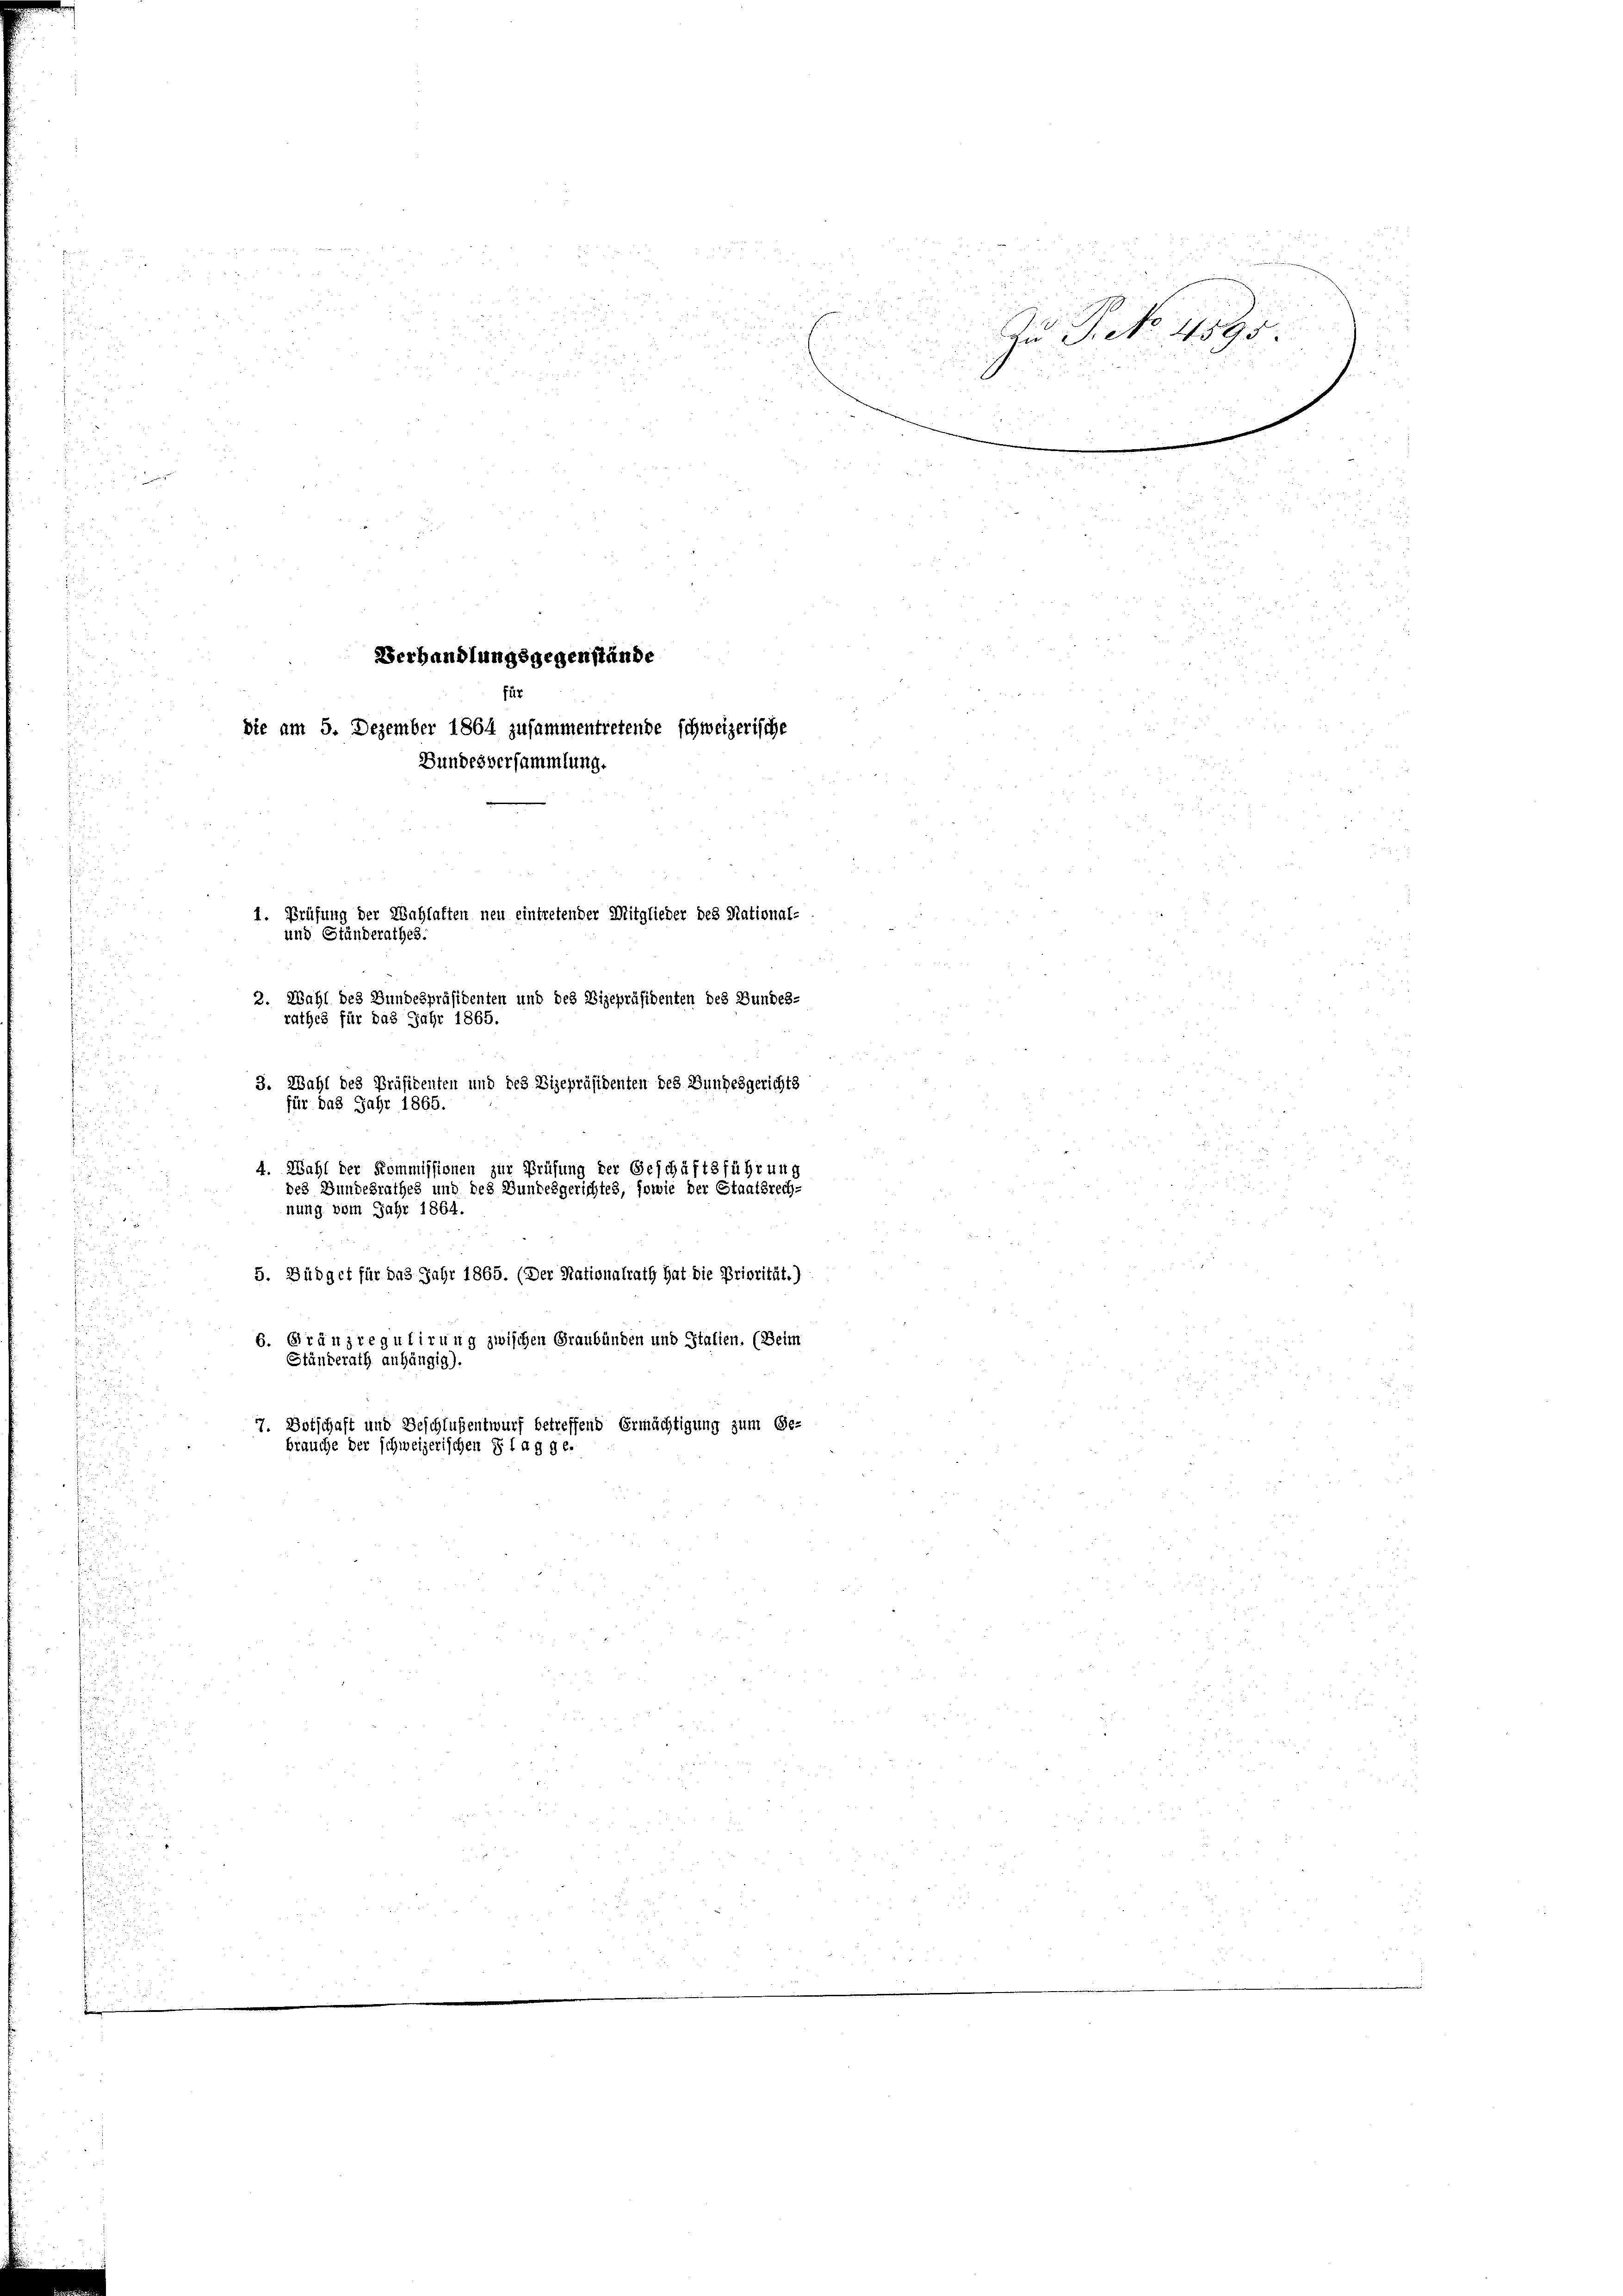
e

8 20 x

1. Prüfung der Wahlaften neu eintretender Mitglieder des National-
.
2. Wahl des Bundespräsidenten und des Vizepräsidenten des Bundes-
rathes für das Jahr 1865.
3. Wahl des Präsidenten und des Vizepräsidenten des Bundesgerichts
für das Jahr 1865.
4. Wahl der Kommissionen zur Prüfung der Geschäftsführung
des Bundesrathes und des Bundesgerichtes, sowie der Staatsrech-
nung vom Jahr 1864.

.

.

.
5. Büdget für das Jahr 1865. (Der Nationalrath hat die Priorität.)
u
 .

6. Gränzregulirung zwischen Graubünden und Italien. (Beim
Ständerath anhängig).
77. Botschaft und Beschlußentwurf betreffend Ermächtigung zum Ge-
brauche der schweizerischen § lag ge-
.

u

Verhandlungsgegenstände
für
Sie am 5. Dezember 1864 zusammentretende schweizerische
Bundesversammlung.

und Ständerathes.

In Seb. 1895.